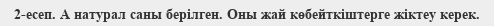
2-есеп. А натурал саны берілген. Оны жай көбейткіштерге жіктеу керек.